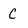
Character: C